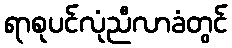
ရာစုပင်လုံညီလာခံတွင်